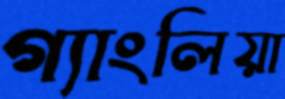
গ্যাংলিয়া